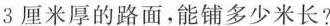
3 厘米厚的路面，能铺多少米长?